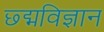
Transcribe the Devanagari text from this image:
छ्द्मविज्ञान